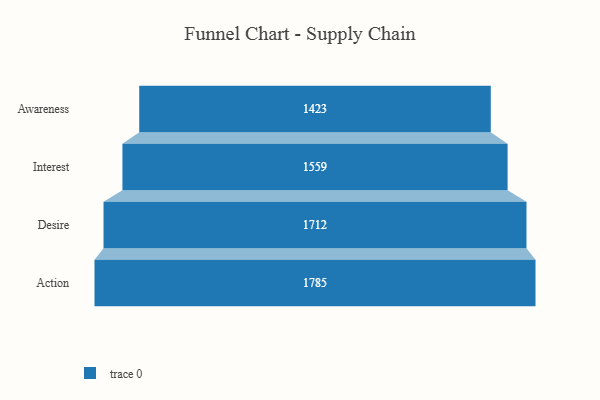
{"axis": {"x": "Stage", "y": "Value"}, "legend": [""], "data": [{"x": "Awareness", "y": 1423.0, "type": ""}, {"x": "Interest", "y": 1559.0, "type": ""}, {"x": "Desire", "y": 1712.0, "type": ""}, {"x": "Action", "y": 1785.0, "type": ""}]}